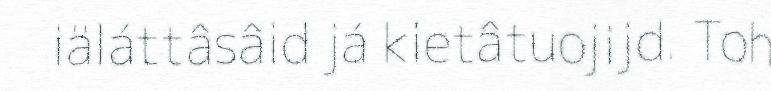
iäláttâsâid já kietâtuojijd. Toh